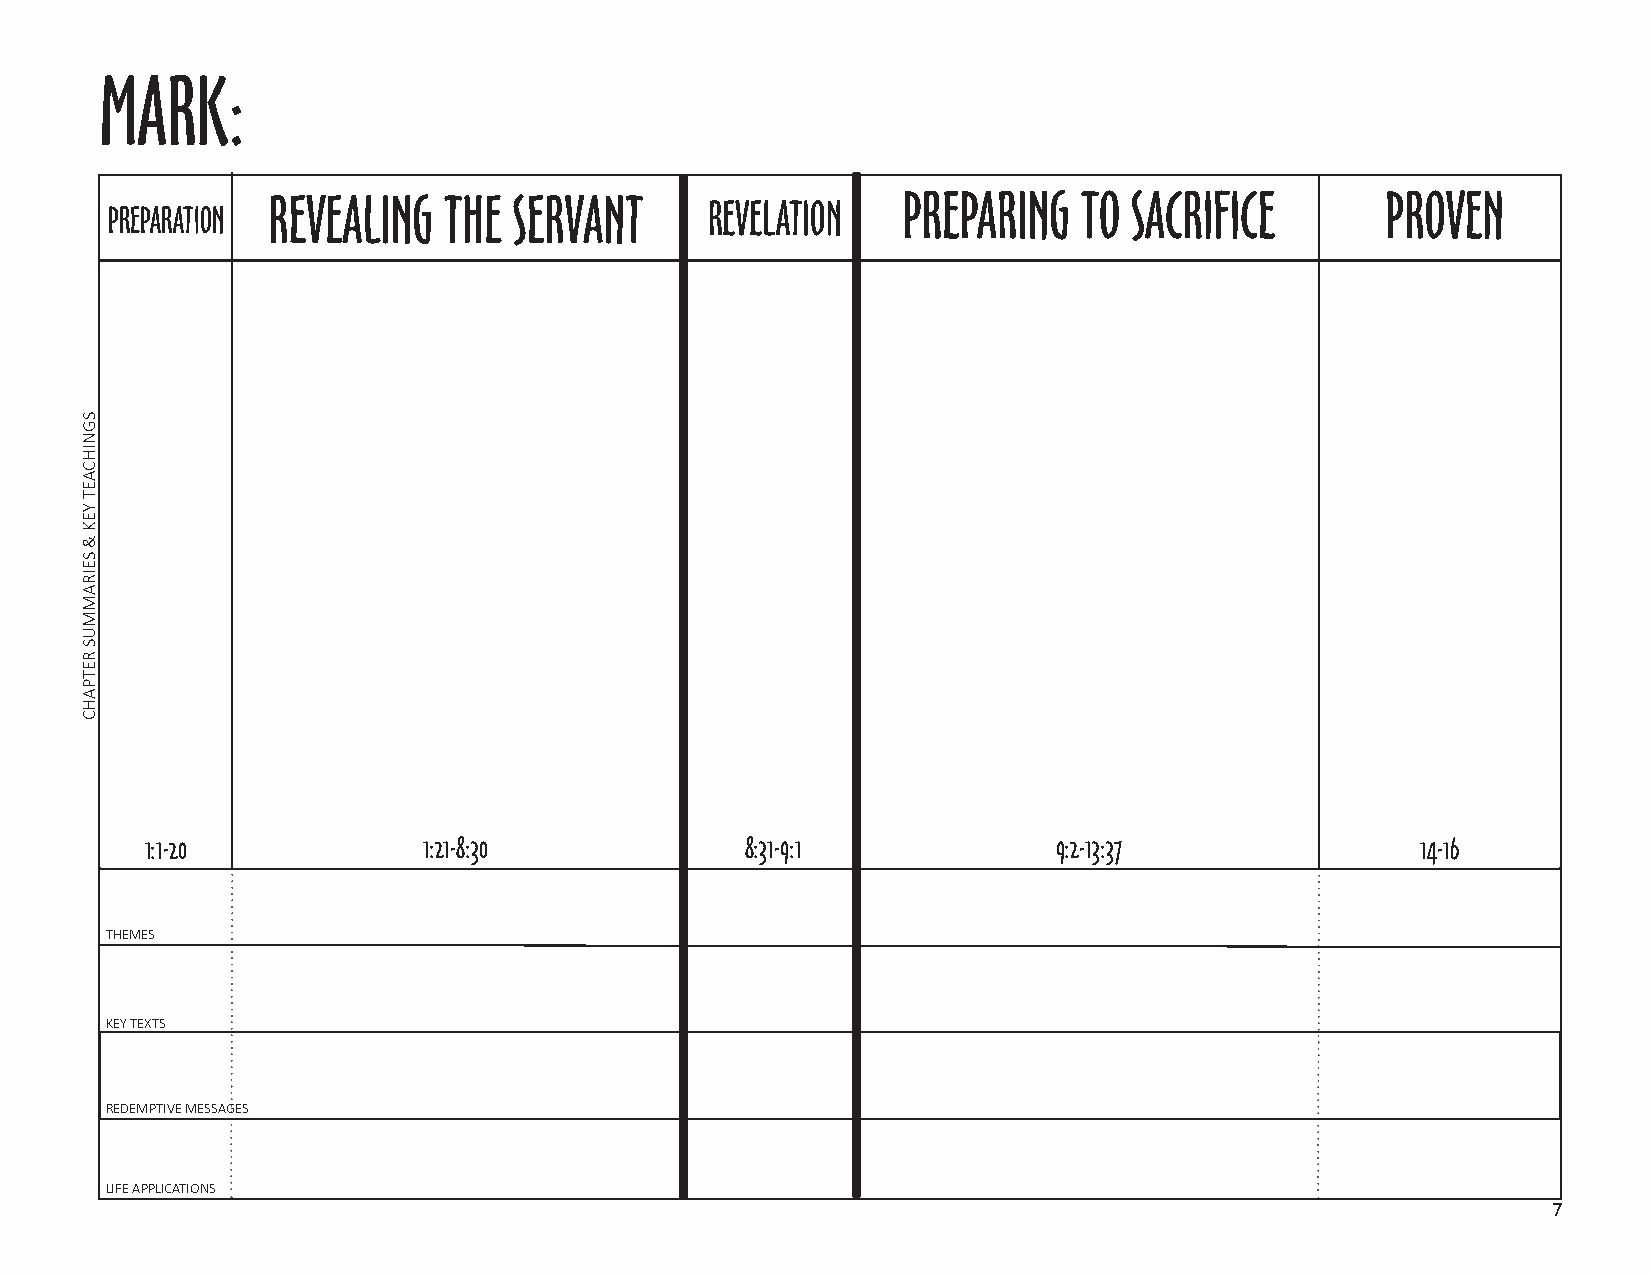
MARK:
 PREPARATION REVEALING THE  SERVANT      REVELATION   PREPARING  TO  SACRIFICE        PROVEN
 1:1-20            1:21-8:30            8:31-9:1             9:2-13:37               14-16
 THEMES
 KEY TEXTS
 REDEMPTIVE MESSAGES
 LIFE APPLICATIONS
 7
 SGNIHCAET
 YEK
 &
 SEIRAMMUS
 RETPAHC